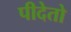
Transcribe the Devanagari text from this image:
पीदेतो